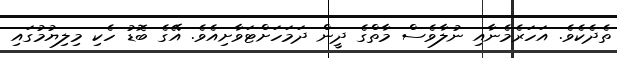
ތެދެކެވެ. އަހަރެމެނާއި ނުލާވެސް މާތްގެ ދީން ދަމަހަށްޓަވާށިއެވެ. އޭގެ ބޮޑު ހެކި މިލިޔުމުގައި